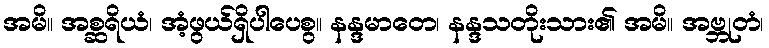
အမိ။ အစ္ဆရိယံ၊ အံ့ဖွယ်ရှိပါပေစွ။ နန္ဒမာတေ၊ နန္ဒသတိုးသား၏ အမိ။ အဗ္ဘုတံ၊